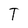
Character: T